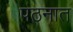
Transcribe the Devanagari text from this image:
पठनात